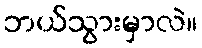
ဘယ်သွားမှာလဲ။